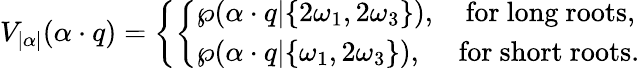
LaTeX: V_{|\alpha|}(\alpha\cdot q)=\left\{ \left\{ \begin{array}{ll}{{\wp(\alpha\cdot q|\{ 2\omega_{1},2\omega_{3}\} ),\quad\mathrm{for~long~roots},}}\\ {{\wp(\alpha\cdot q|\{ \omega_{1},2\omega_{3}\} ),\quad\ \mathrm{for~short~roots}.}}\end{array}\right.\right.